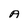
Character: A